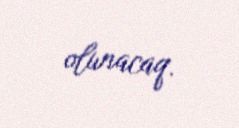
olunacaq.